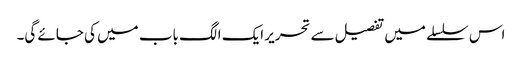
اس سلسلے میں تفصیل سے تحریر ایک الگ باب میں کی جائے گی۔